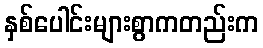
နှစ်ပေါင်းများစွာကတည်းက